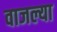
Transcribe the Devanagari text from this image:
वाजल्या